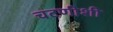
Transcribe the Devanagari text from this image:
चटणीशी